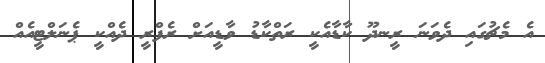
އެ މެޗުގައި ދެވަނަ ރީނދޫ ކާޑާއެކީ ރަތްކާޑު ވާޑީއަށް ރެފްރީ ދެއްކީ ޕެނަލްޓީއެއް